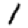
Digit: 1